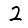
Digit: 2